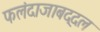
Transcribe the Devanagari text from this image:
फलंदाजाबद्दल